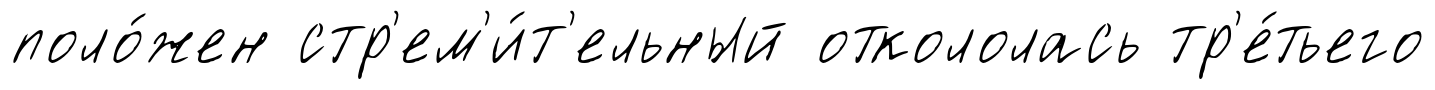
поло́жен стр'ем'и́т'ельный откололась тр'е́тьего